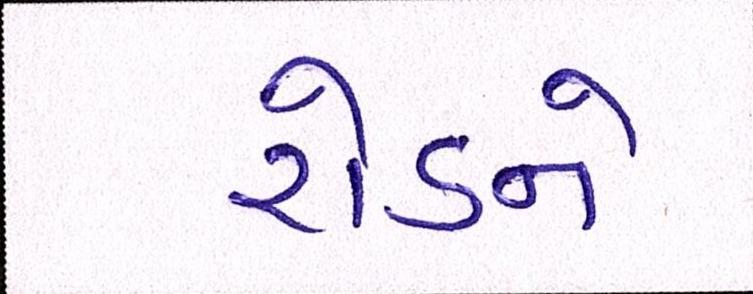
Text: રોડને